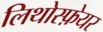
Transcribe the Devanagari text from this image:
लिथोस्फ़ेयर